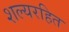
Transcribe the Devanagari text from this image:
शल्यरहित